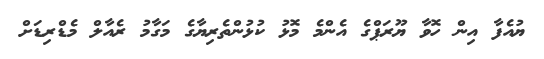
ޔުއެފާ އިން ހޮވާ ޔޫރަޕްގެ އެންމެ މޮޅު ކުޅުންތެރިޔާގެ މަގާމު ރެއާލް މެޑްރިޑަށް